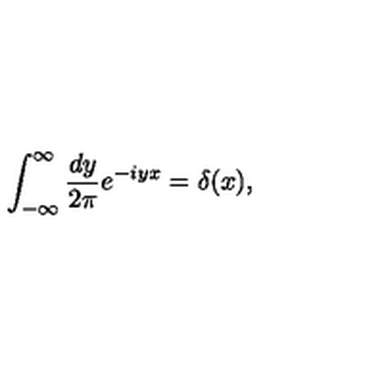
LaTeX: \int _ { - \infty } ^ { \infty } \frac { d y } { 2 \pi } e ^ { - i y x } = \delta ( x ) ,